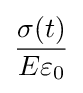
{\frac {\sigma (t)}{E\varepsilon _{0}}}